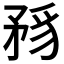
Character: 𥍪